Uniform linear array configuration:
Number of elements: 4
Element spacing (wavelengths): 0.5
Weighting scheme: blackman
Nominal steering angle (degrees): -60
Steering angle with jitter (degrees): -61.87
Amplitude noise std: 0.05
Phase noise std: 0.05

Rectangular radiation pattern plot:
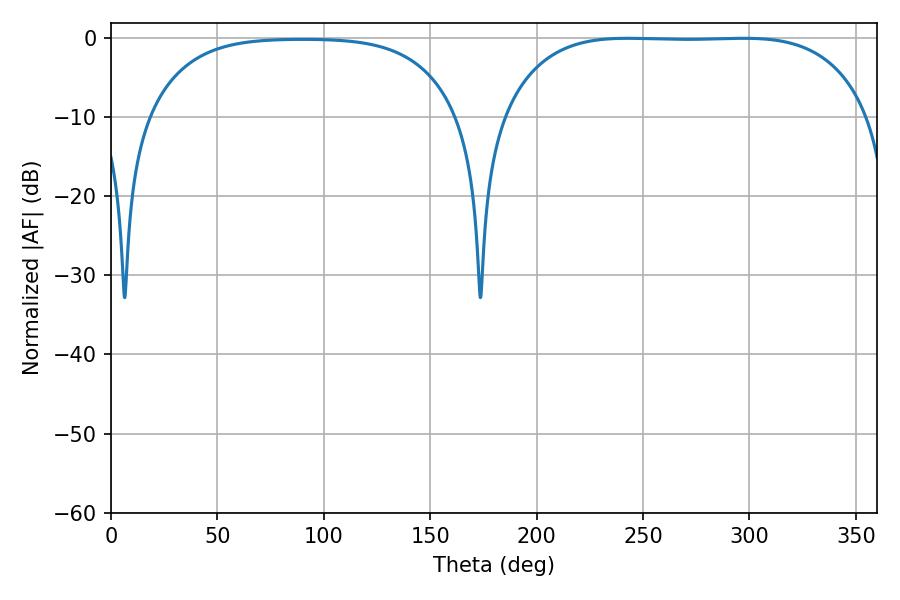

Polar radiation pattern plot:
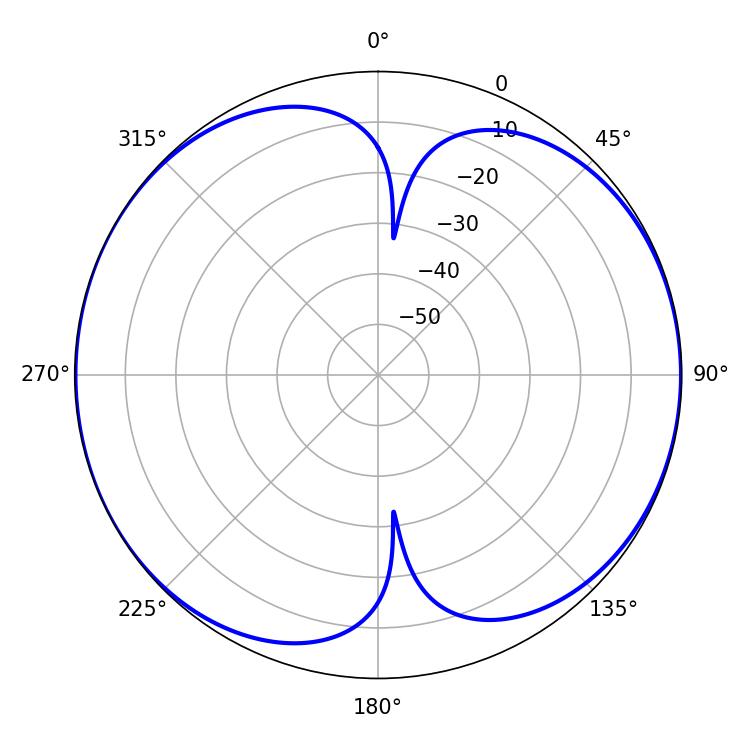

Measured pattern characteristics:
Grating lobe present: FALSE
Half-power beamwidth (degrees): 134.28
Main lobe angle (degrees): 242.64